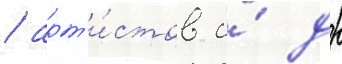
/ арт'и́стов и́ др